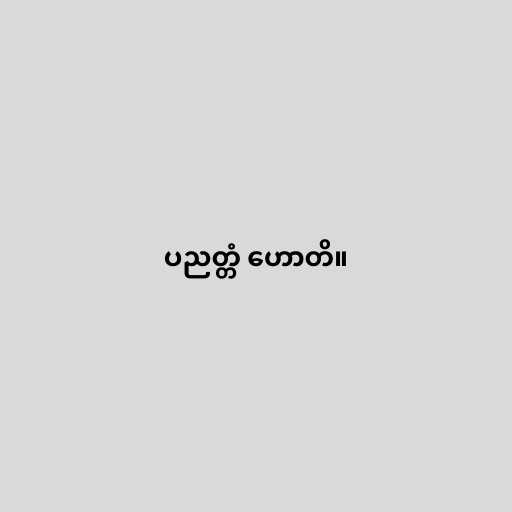
ပညတ္တံ ဟောတိ။